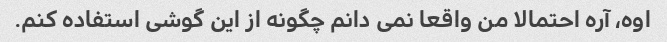
اوه، آره احتمالا من واقعا نمی دانم چگونه از این گوشی استفاده کنم.